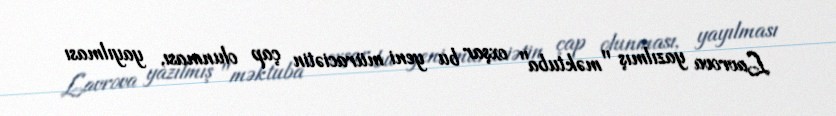
Lavrova yazılmış "məktuba" oxşar bu yeni müraciətin çap olunması, yayılması